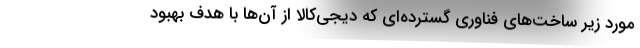
مورد زیر ساخت‌های فناوری گسترده‌ای که دیجی‌کالا از آن‌ها با هدف بهبود